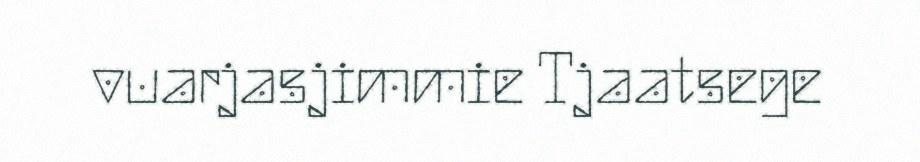
vuarjasjimmie Tjaatsege